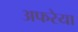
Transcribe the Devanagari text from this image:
अफरेया